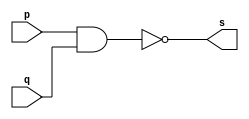
// ---------------------
// Guia01_01 - NAND
// Nome: Bruno Cezar Andrade Viallet
// ---------------------

// ---------------------
// -- nand gate
// ---------------------

module nandgate (s, p, q);
 output s;
 input  p, q;

 assign s = ~(p & q);

endmodule // nandgate

// ---------------------
// -- test nand gate
// ---------------------

module testnandgate;
 reg   a, b, c;
 wire  s;
          // instancia
 nandgate NAND1 (s, a, b);
          // parte principal
 initial begin
      $display("Guia01_01 - Bruno Cezar Andrade Viallet - 396679");
      $display("Test NAND gate");
      $display("\n~(a & b) = s\n");
      a=0; b=0;
  #1  $display("~(%b & %b )= %b", a, b, s);
      a=0; b=1;
  #1  $display("~(%b & %b )= %b", a, b, s);
      a=1; b=0;
  #1  $display("~(%b & %b )= %b", a, b, s);
      a=1; b=1;
  #1  $display("~(%b & %b )= %b", a, b, s);
 end

endmodule // testnandgate